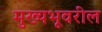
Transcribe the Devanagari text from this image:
मुख्यभूवरील